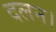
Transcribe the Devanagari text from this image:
दलन।